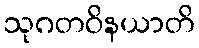
သုဂတဝိနယာတိ